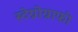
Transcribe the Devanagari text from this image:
स्टेग्नोग्राफी